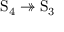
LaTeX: \mathrm { S } _ { 4 } \twoheadrightarrow \mathrm { S } _ { 3 }